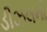
ડીઝલનો